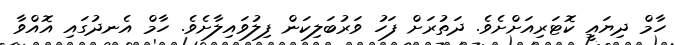
ހާމް ދިޔައީ ކޮޓަރިއަށްށެވެ. ދަތުރަށް ފަހު ވަރުބަލިކަން ފިލުވައިލާށެވެ. ހާމް އެނދުގައި އޮއްވާ